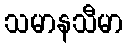
သမာနသီမာ